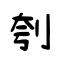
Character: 刳